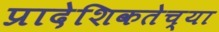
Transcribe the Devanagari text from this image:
प्रादेशिकतेच्या